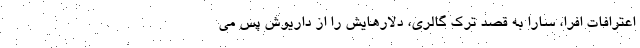
اعترافات افرا، سارا به قصد ترک گالری، دلارهایش را از داریوش پس می